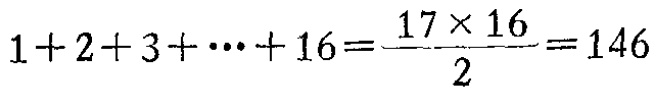
$1+2+3+\cdots +16=\frac{17\times 16}{2}=146$